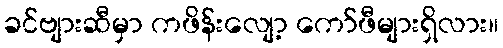
ခင်ဗျားဆီမှာ ကဖိန်းလျော့ ကော်ဖီများရှိလား။